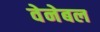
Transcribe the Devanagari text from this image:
वेनेबल